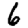
Digit: 6